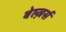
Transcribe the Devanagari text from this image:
बेल्ज़र्स